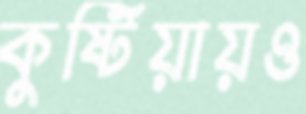
কুষ্টিয়ায়ও